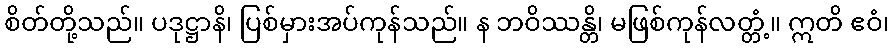
စိတ်တို့သည်။ ပဒုဋ္ဌာနိ၊ ပြစ်မှားအပ်ကုန်သည်။ န ဘဝိဿန္တိ၊ မဖြစ်ကုန်လတ္တံ့။ ဣတိ ဧဝံ၊